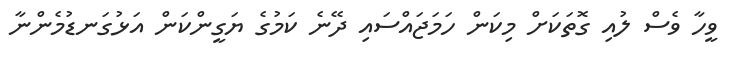
ވީހާ ވެސް ލުއި ގޮތަކަށް މިކަން ހަމަޖައްސައި ދޭނެ ކަމުގެ ޔަގީންކަން އަޅުގަނޑުމެންނާ